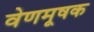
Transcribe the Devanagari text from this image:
वेणमूषक